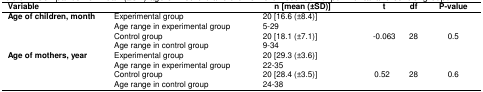
<table><thead><tr><td><b>Variable</b></td><td></td><td colspan="2"><b>n [mean (±SD)]</b></td><td><b>t</b></td><td><b>df</b></td><td><b>P-value</b></td></tr></thead><tbody><tr><td rowspan="4"><b>Age of children, month</b></td><td colspan="2">Experimental group</td><td>20 [16.6 (±8.4)]</td><td rowspan="2" colspan="3"></td></tr><tr><td colspan="2">Age range in experimental group</td><td>5-29</td></tr><tr><td colspan="2">Control group</td><td>20 [18.1 (±7.1)]</td><td>-0.063</td><td>28</td><td>0.5</td></tr><tr><td colspan="2">Age range in control group</td><td>9-34</td><td rowspan="3" colspan="3"></td></tr><tr><td rowspan="4"><b>Age of mothers, year</b></td><td colspan="2">Experimental group</td><td>20 [29.3 (±3.6)]</td></tr><tr><td colspan="2">Age range in experimental group</td><td>22-35</td></tr><tr><td colspan="2">Control group</td><td>20 [28.4 (±3.5)]</td><td>0.520</td><td>28</td><td>0.6</td></tr><tr><td colspan="2">Age range in control group</td><td>24-38</td><td></td><td></td><td></td></tr></tbody></table>